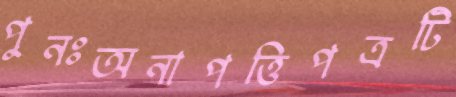
পুনঃঅনাপত্তিপত্রটি